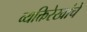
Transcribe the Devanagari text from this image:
व्यक्तिरेखांचे